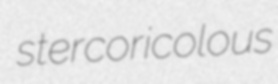
stercoricolous